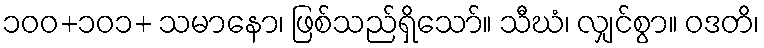
၁၀၀+၁၀၁+ သမာနော၊ ဖြစ်သည်ရှိသော်။ သီဃံ၊ လျှင်စွာ။ ဝဒတိ၊